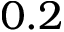
0 . 2